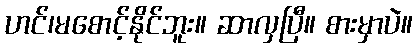
ဟင်၊မစောင့်နိုင်ဘူး။ ဆာလှပြီ။ စားမှာပဲ။